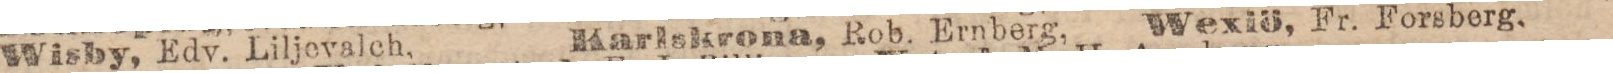
Wisby, Edv. Liljevalch,    Karlskrona, Rob. Ernberg,    Wexiö, Fr. Forsberg,